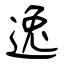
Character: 逸